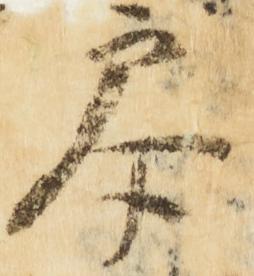
参